Newspaper: The daily dispatch. [volume]
Place of publication: Richmond [Va.]
Publisher: J.A. Cowardin
Date: 1865-02-28 00:00:00
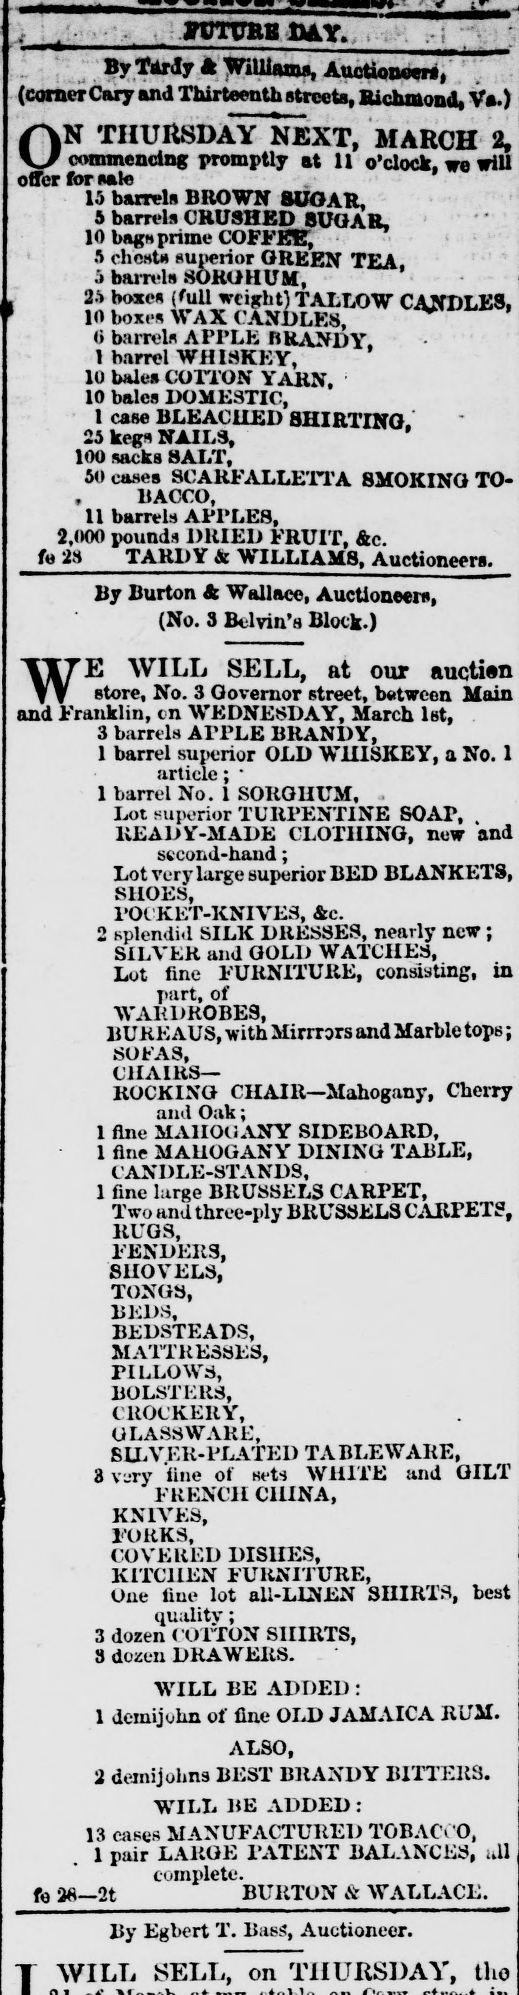
Advertisement text (OCR):
, A • yTJTTJRB fIAY. By Tardy A WlUiatns, Auctioneers, (corner Cary and Thirteenth streets, Richmond, Va.) ON THURSDAY NEXT, MARCH 2, commencing promptly at 11 o'clock, we will offer for sale 15 barrels BROWN SUGAR, A barrels CRUSHED SUGAR, 10 bags prime COFFETS, 8 chests superior GREEN TEA. 5 barrels SORGHUM, 2-"> boxes ( full weight) TALLOW CANDLES, ' 10 boxes WAX CANDLES, I barrels APPLE BRANDY. I barrel WHISKEY, 10 bales COITON YARN, 10 bales DOMESTIC, 1 case BLEACHED SHIRTING. 25 kegs NAILS, 100 sacks SALT, 50 cases SCARFALLETTA SMOKING TO BACCO, 11 barrels APPLES, 2,000 pounds DRIED FRUIT, &c. fo 28 TARDY a: WILLIAMB, Auctioneers. By Burton k Wallace, Auctioneer*, (No. 3 Belvin's Block.) WE WILL SELL, at our auction store, No. 3 Governor street, between Main and Franklin, on WEDNESDAY, March Ist, 3 barrels APPLE BRANDY, 1 barrel superior OLD WHISKEY, a No. 1 article; ■ 1 barrel No. 1 SORGHUM, Lot superior TURPENTINE BOAT, . READY-MADE CLOTHING, new and second-hand; Lot very large superior BED BLANKETS, SHOES, lOt KET-KNIVES, &c. 2 splendid SILK DRESSES, nearly new ; SILVER and GOLD WATCHES, Lot fine FURNITURE, consisting, in part, of WARDROBES, BUREAUS, with Mirrors and Marble tops; SOFAS, CHAIRS ROCKING CHAlß—Mahogany, Cherry aad Oak; 1 fine MAHOGANY SIDEBOARD, 1 fine MAHOGANY DINING TABLE, CANDLE-STANDS, 1 fine large BRUSSELS CARPET, Two and three-ply BRUSSELS CARPETS, RUGS, FENDERS, SHOVELS, TONGS, BEDS, BEDSTEADS, MATTRESSES, PILLOWS, BOLSTERS, CROCKERY, GLASSWARE, S LLV ER- PLATED TA BLEW ARE, 3 v.ry fine of sets WHITE and GILT FRENCH CHINA, KNIVES, FORKS, COVERED DISHES, KITCHEN FURNITURE, One Hue lot all-LLNEN SHIRTS, best quality; 3 dozen COTTON SHIRTS, 8 dozen DRAWERS. WILL BE ADDED : 1 demijohn of fine OLD JAMAICA RUM. ALSO, 2 demijohns BEST BRANDY BITTERS. WILL BE ADDED: 13 cases MANUFACTURED TOBACCO, 1 pair LARGE PATENT BALANCES, ..11 complete. fa 2*—2t BURTON & WALLACE. By Egbert T. Bass', Auctioneer. WILL SELL, on THURSDAY, tho
Label: text-only